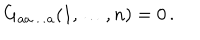
LaTeX: G _ { a a \dots a } ( 1 , \dots , n ) = 0 \, .